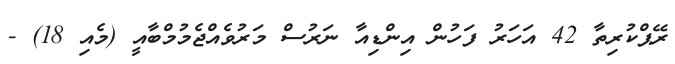
ރޭޕްކުރިތާ 42 އަހަރު ފަހުން އިންޑިއާ ނަރުސް މަރުވެއްޖެމުމްބާއީ (މެއި 18) -